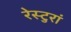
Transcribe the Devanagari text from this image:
रेस्टुरां